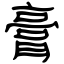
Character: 膏